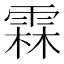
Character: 霖